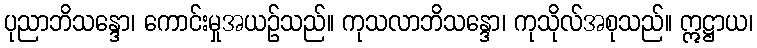
ပုညာဘိသန္ဒော၊ ကောင်းမှုအယဉ်သည်။ ကုသလာဘိသန္ဒော၊ ကုသိုလ်အစုသည်။ ဣဋ္ဌာယ၊